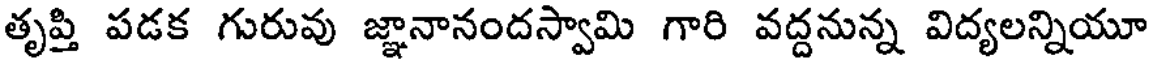
తృప్తి పడక గురువు జ్ఞానానందస్వామి గారి వద్దనున్న విద్యలన్నియూ